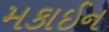
મકાઈન